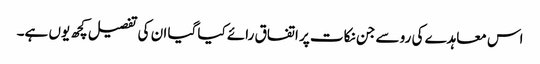
اس معاہدے کی رو سے جن نکات پر اتفاق رائے کیا گیا ان کی تفصیل کچھ یوں ہے۔